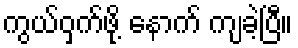
ကွယ်ဝှက်ဖို့ နောက် ကျခဲ့ပြီ။